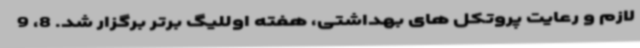
لازم و رعایت پروتکل های بهداشتی، هفته اوللیگ برتر برگزار شد. 8، 9